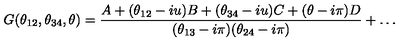
G ( \theta _ { 1 2 } , \theta _ { 3 4 } , \theta ) = \frac { A + ( \theta _ { 1 2 } - i u ) B + ( \theta _ { 3 4 } - i u ) C + ( \theta - i \pi ) D } { ( \theta _ { 1 3 } - i \pi ) ( \theta _ { 2 4 } - i \pi ) } + \dots